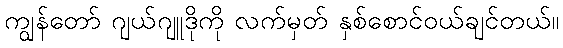
ကျွန်တော် ဂျယ်ဂျူဒိုကို လက်မှတ် နှစ်စောင်ဝယ်ချင်တယ်။